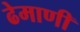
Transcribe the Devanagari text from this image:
ढेमाणी